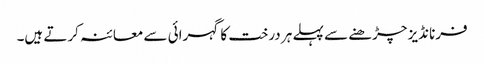
فرنانڈیز چڑھنے سے پہلے ہر درخت کا گہرائی سے معائنہ کرتے ہیں۔